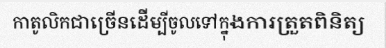
កាតូលិកជាច្រើនដើម្បីចូលទៅក្នុងការត្រួតពិនិត្យ